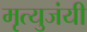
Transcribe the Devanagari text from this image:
मृत्युजंयी